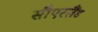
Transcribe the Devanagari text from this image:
सौएरलैंड